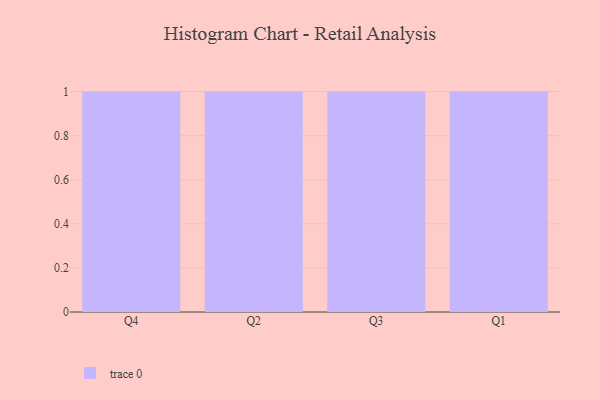
{"axis": {"x": "Quarter", "y": "Customer Acquisition Cost (USD)"}, "legend": [""], "data": [{"x": "Q4", "y": 37, "type": ""}, {"x": "Q2", "y": 50, "type": ""}, {"x": "Q3", "y": 50, "type": ""}, {"x": "Q1", "y": 92, "type": ""}]}